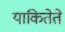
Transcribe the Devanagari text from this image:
याकितेते